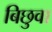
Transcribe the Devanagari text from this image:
बिछुवा